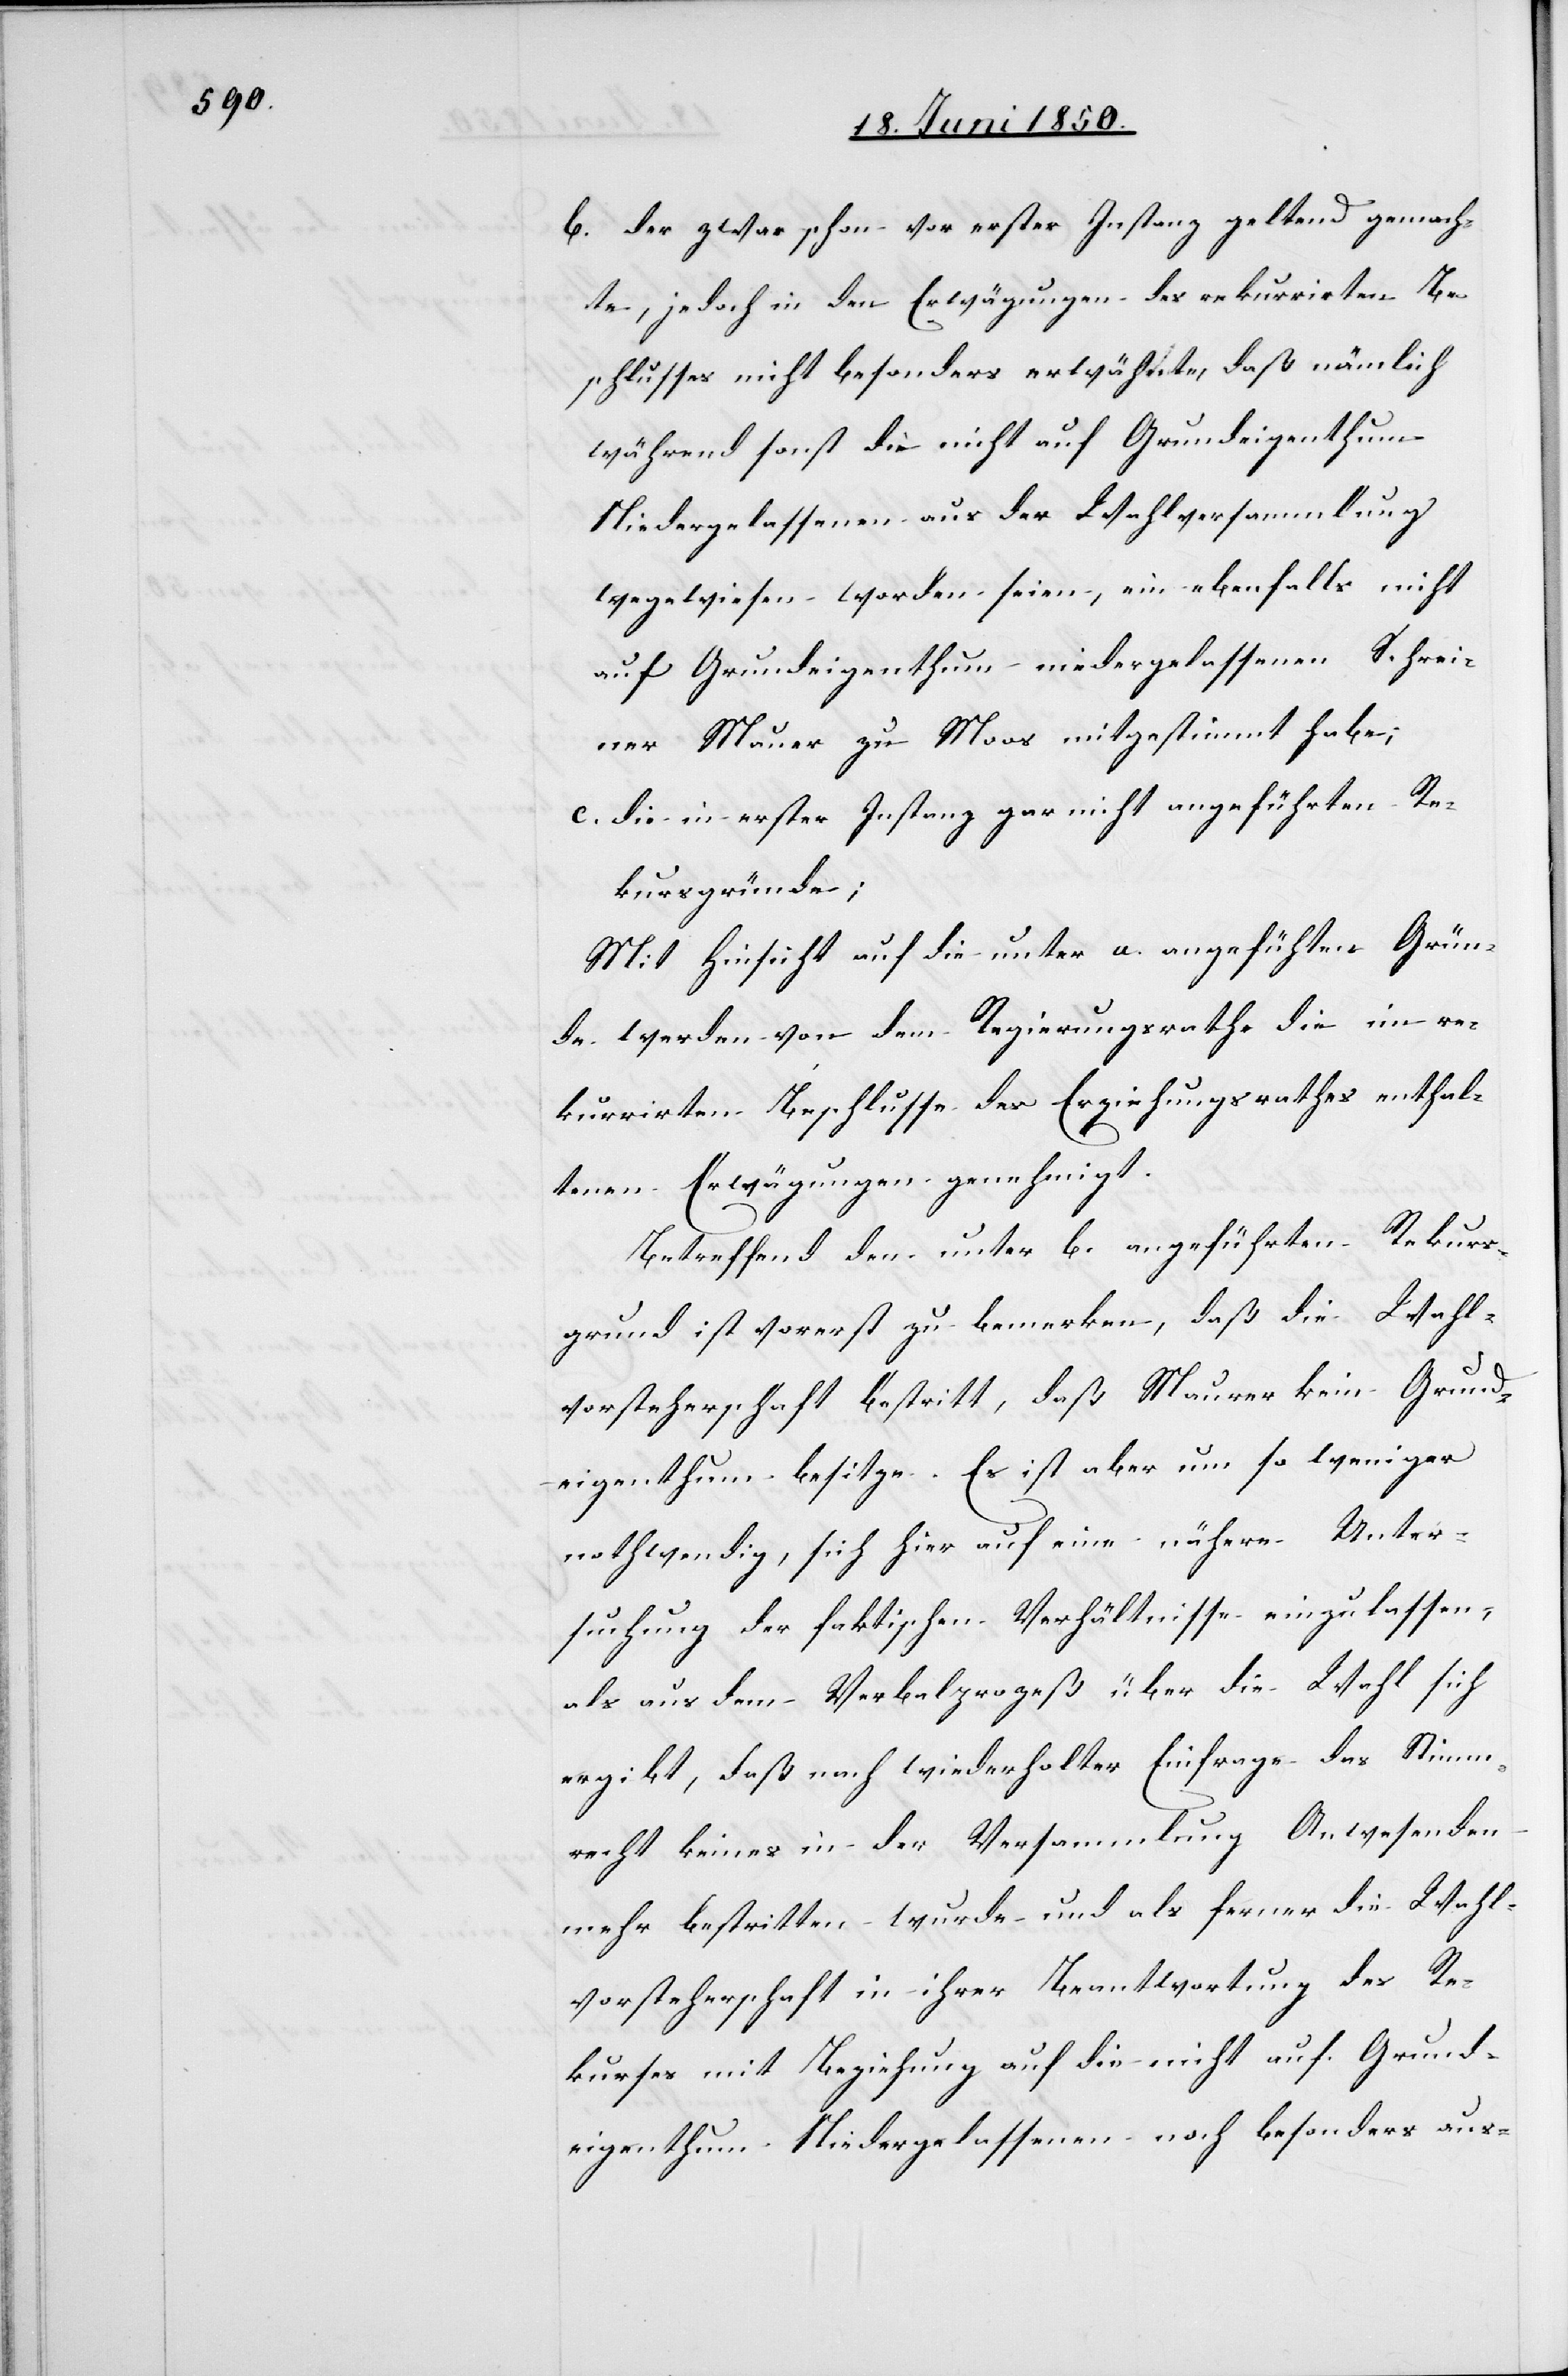
b. der zwar schon vor erster Instanz geltend gemach¬
te, jedoch in den Erwägungen des rekurrirten Be¬
schlusses nicht besonders erwähnte, daß nämlich
während sonst die nicht auf Grundeigenthum
Niedergelassenen aus der Wahlversammlung
wegewiesen [sic!] worden seien, ein ebenfalls nicht
auf Grundeigenthum niedergelassenen Schrei¬
ner Mauer zu Moos mitgestimmt habe;
c. die in erster Instanz gar nicht angeführten Re¬
kursgründe;
Mit Hinsicht auf die unter a. angeführten Grün¬
de werden von dem Regierungsrathe die im re¬
kurrirten Beschlusse des Erziehungsrathes enthal¬
tenen Erwägungen genehmigt.
Betreffend den unter b. angeführten Rekurs¬
grund ist vorerst zu bemerken, daß die Wahl¬
vorsteherschaft bestritt, daß Maurer [sic!] kein Grund¬
eigenthum besitze. Es ist aber um so weniger
nothwendig, sich hier auf eine nähere Unter¬
suchung der faktischen Verhältnisse einzulassen,
als aus dem Verbalprozeß über die Wahl sich
ergibt, daß nach wiederholter Einfrage das Stimm¬
recht keines in der Versammlung Anwesenden
mehr bestritten wurde und als ferner die Wahl¬
vorsteherschaft in ihrer Beantwortung des Re¬
kurses mit Beziehung auf die nicht auf Grund¬
eigenthum Niedergelassenen noch besonders aus-